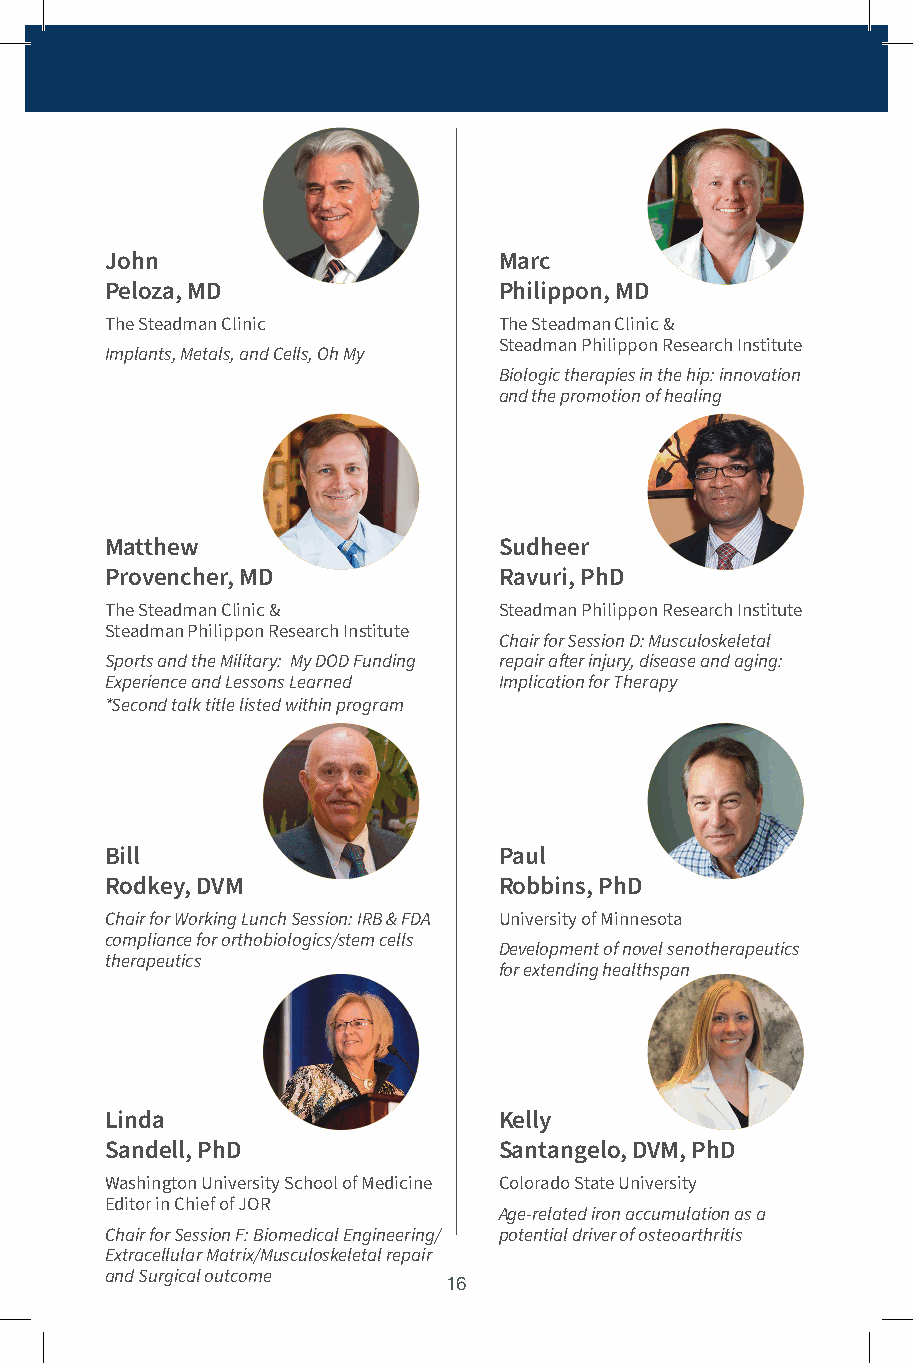
John                      Marc
 Peloza, MD                Philippon, MD
 The Steadman Clinic       The Steadman Clinic &
 Steadman Philippon Research Institute
 Implants, Metals, and Cells, Oh My
 Biologic therapies in the hip: innovation
 and the promotion of healing
 Matthew                   Sudheer
 Provencher, MD            Ravuri, PhD
 The Steadman Clinic &     Steadman Philippon Research Institute
 Steadman Philippon Research Institute
 Chair for Session D: Musculoskeletal
 Sports and the Military: My DOD Funding repair after injury, disease and aging:
 Experience and Lessons Learned Implication for Therapy
 *Second talk title listed within program
 Bill                      Paul
 Rodkey, DVM               Robbins, PhD
 Chair for Working Lunch Session: IRB & FDA University of Minnesota
 compliance for orthobiologics/stem cells
 Development of novel senotherapeutics
 therapeutics
 for extending healthspan
 Linda                     Kelly
 Sandell, PhD              Santangelo, DVM, PhD
 Washington University School of Medicine Colorado State University
 Editor in Chief of JOR
 Age-related iron accumulation as a
 Chair for Session F: Biomedical Engineering/ potential driver of osteoarthritis
 Extracellular Matrix/Musculoskeletal repair
 and Surgical outcome
 16